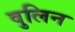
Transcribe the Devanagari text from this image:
वुलिन